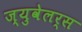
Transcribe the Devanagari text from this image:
ज्युवेलर्स